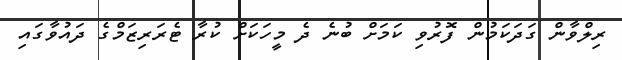
ރިލްވާން ގަދަކަމުން ފޮރުވި ކަމަށް ބުނެ ދެ މީހަކަށް ކުރާ ޓެރަރިޒަމްގެ ދައުވާގައި